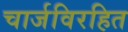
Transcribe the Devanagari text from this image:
चार्जविरहित